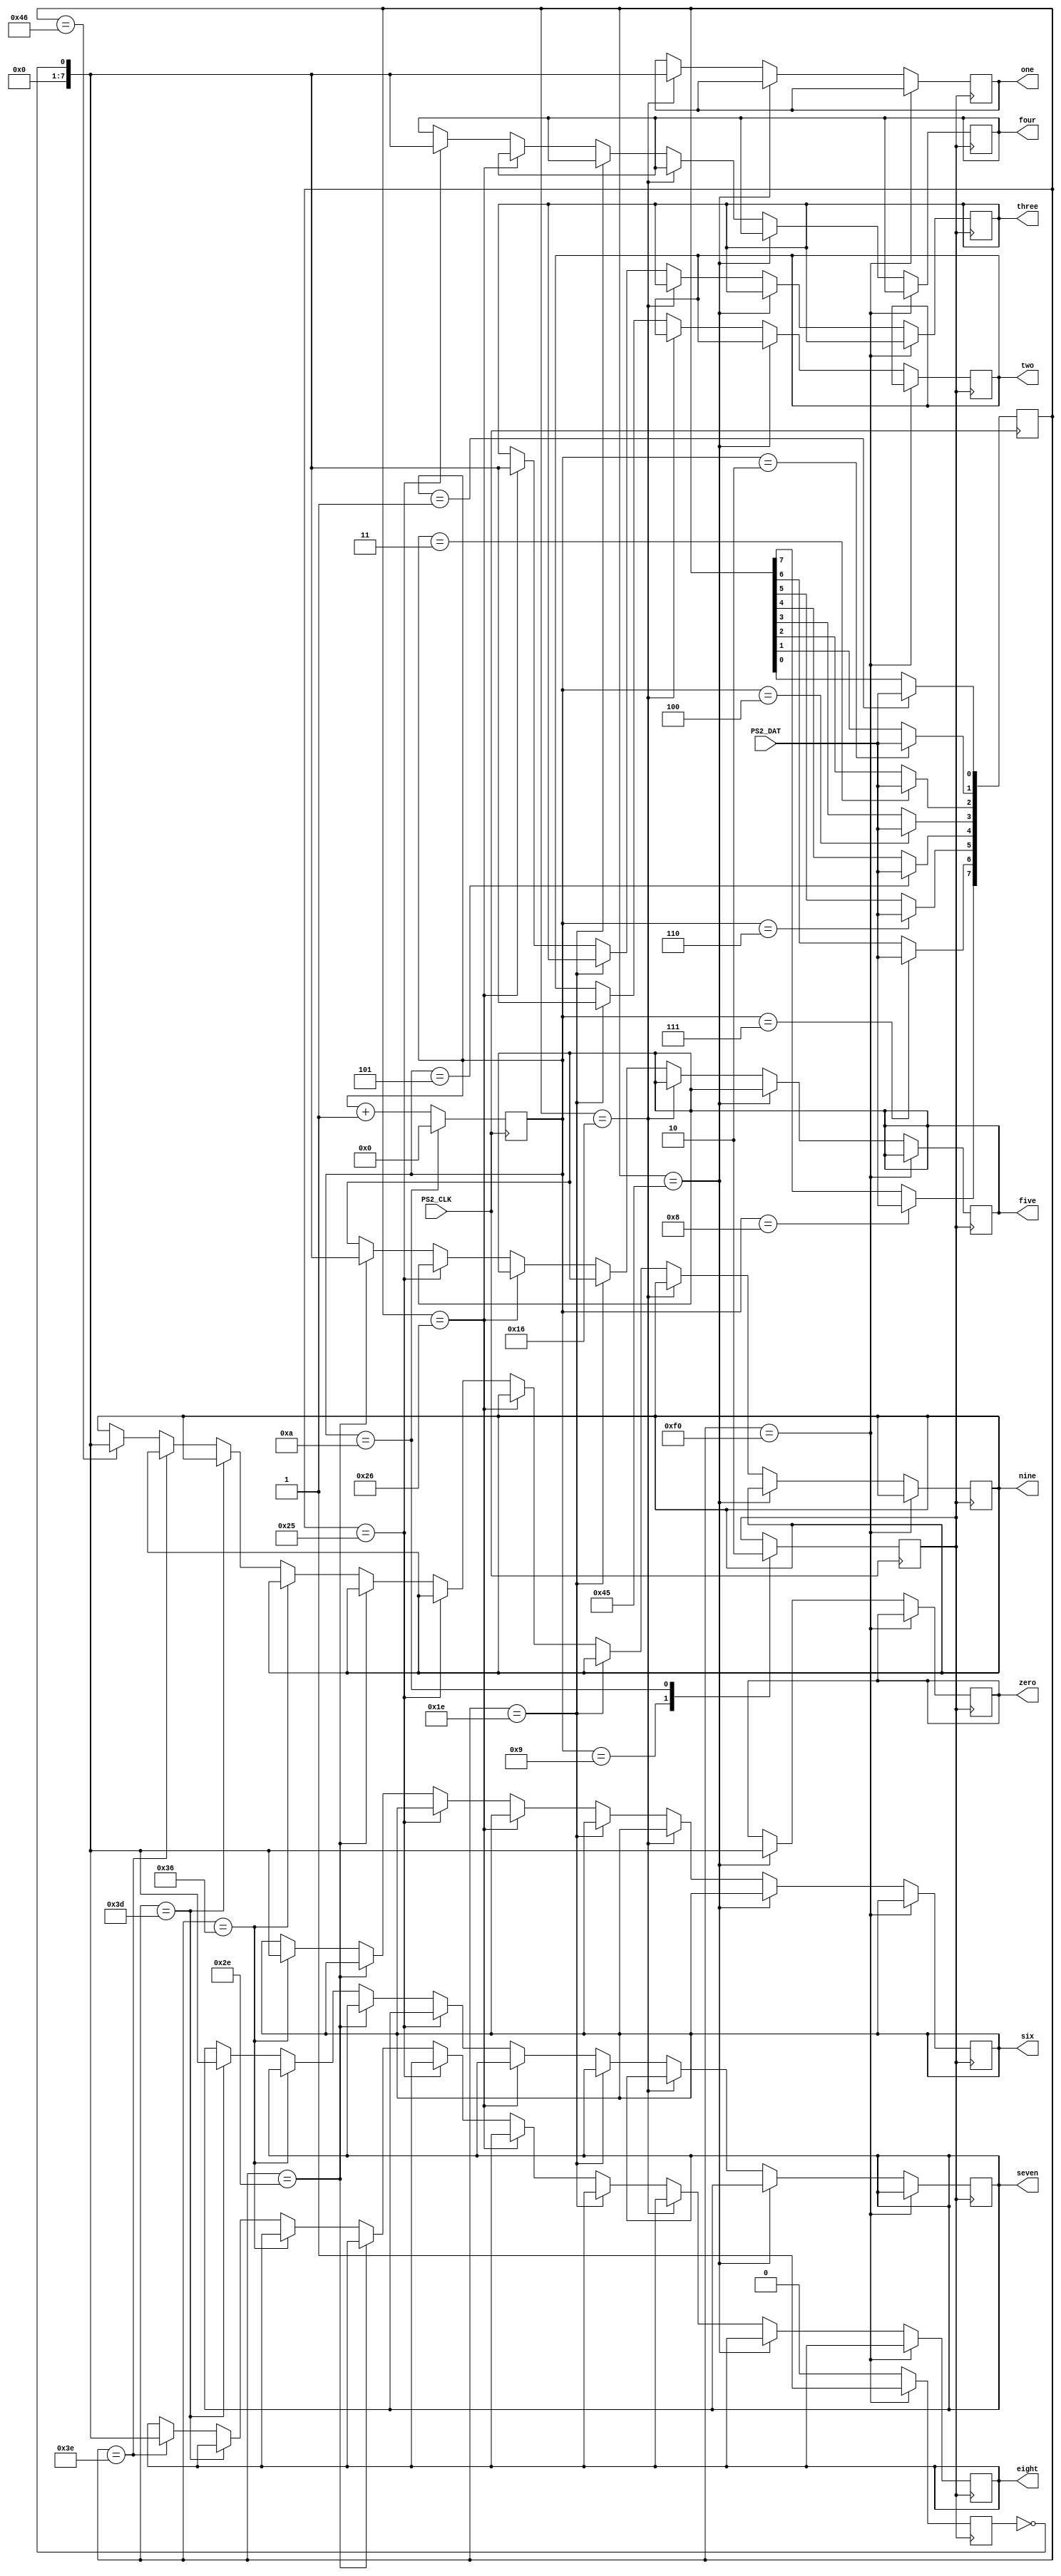
module Keyboard(PS2_CLK, PS2_DAT, zero, one, two, three, four, five, six, seven, eight, nine);
    input PS2_CLK, PS2_DAT;
	 output reg [7:0] zero, one, two, three, four, five, six, seven, eight, nine;
    reg [3:0] counter = 4'b0;
	 reg [7:0] data = 8'b0;
    reg done = 1'b0, pulse_down = 1'b0;
    always @(negedge PS2_CLK) begin
        case(counter)
            4'd0:   ;
            4'd1:   data[0] <= PS2_DAT;
            4'd2:   data[1] <= PS2_DAT;
            4'd3:   data[2] <= PS2_DAT;
            4'd4:   data[3] <= PS2_DAT;
            4'd5:   data[4] <= PS2_DAT;
            4'd6:   data[5] <= PS2_DAT;
            4'd7:   data[6] <= PS2_DAT;
            4'd8:   data[7] <= PS2_DAT;
            4'd9:   done <= 1'b1;
            4'd10:  done <= 1'b0;
            default: counter <= 0;
        endcase
        if(counter == 10) counter <= 0;
        else counter <= counter+1;
    end
    always @(posedge done) begin
        if(data == 8'hF0) begin
            pulse_down <= 1;
        end
        else begin
            if(data == 8'h45) zero <= !pulse_down;
				else if(data==8'h16) one <= !pulse_down;
				else if(data==8'h1E) two <= !pulse_down;
				else if(data==8'h26) three <= !pulse_down;
				else if(data==8'h25) four <= !pulse_down;
				else if(data==8'h2E) five <= !pulse_down;
				else if(data==8'h36) six <= !pulse_down;
				else if(data==8'h3D) seven <= !pulse_down;
				else if(data==8'h3E) eight <= !pulse_down;
				else if(data==8'h46) nine <= !pulse_down;
            pulse_down <= 0;
        end
    end
endmodule

//module hex_decoder(c, display);
    //input [3:0] c;
    //output [6:0] display;
    //assign display[0] = !((c[3] | c[2] | c[1] | !c[0]) & (!c[3] | !c[2] | c[1] | !c[0]) & (!c[3] | c[2] | !c[1] | !c[0]) & (c[3] | !c[2] | c[1] | c[0]));
    //assign display[1] = !((c[3] | !c[2] | c[1] | !c[0]) & (c[3] | !c[2] | !c[1] | c[0]) & (!c[3] | c[2] | !c[1] | !c[0]) & (!c[3] | !c[2] | c[1] | c[0])& (!c[3] | !c[2] | !c[1] | c[0])& (!c[3] | !c[2] | !c[1] | !c[0]));
    //assign display[2] = !((c[3] | c[2] | !c[1] | c[0]) & (!c[3] | !c[2] | c[1] | c[0]) & (!c[3] | !c[2] | !c[1] | c[0]) & (!c[3] | !c[2]  | !c[1] | !c[0]));
    //assign display[3] = !((c[3] | c[2] | c[1] | !c[0]) & (c[3] | !c[2] | c[1] | c[0]) & (c[3] | !c[2] | !c[1]  | !c[0]) & (!c[3] | c[2] | !c[1] | c[0]) & (!c[3] | !c[2] | !c[1] | !c[0]));
    //assign display[4] = !((c[3] | c[2] | c[1] | !c[0]) & (c[3] | c[2] | !c[1] | !c[0]) & (c[3] | !c[2] | c[1] | c[0]) & (c[3] | !c[2] | c[1] | !c[0]) & (c[3] | !c[2] | !c[1] | !c[0]) & (!c[3] | c[2] | c[1] | !c[0]));
    //assign display[5] = !((c[3] | c[2] | c[1] | !c[0]) & (c[3] | c[2] | !c[1] | !c[0]) & (c[3] | !c[2] | !c[1] | !c[0]) & (!c[3] | !c[2] | c[1] | !c[0]) & (c[3] | c[2] | !c[1] | c[0]));
    //assign display[6] = !((c[3] | c[2] | c[1] | c[0]) & (c[3] | c[2] | c[1] | !c[0]) & (c[3] | !c[2] | !c[1] | !c[0]) & (!c[3] | !c[2] | c[1] | c[0]));
//endmodule

//module Keyboard(input PS2_CLK, PS2_DAT, output [6:0] HEX0, HEX1, HEX2);
	//wire A, D, ENTER;
	//keyboard kb(PS2_CLK, PS2_DAT, A, D, ENTER);
	//hex_decoder h1 (A, HEX0);
	//hex_decoder h2 (D, HEX1);
	//hex_decoder h3(ENTER, HEX2);
//endmodule